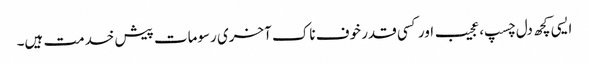
ایسی کچھ دل چسپ، عجیب اور کسی قدر خوف ناک آخری رسومات پیش خدمت ہیں۔